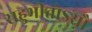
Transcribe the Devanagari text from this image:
राहुभीतोऽसौ